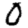
Digit: 0